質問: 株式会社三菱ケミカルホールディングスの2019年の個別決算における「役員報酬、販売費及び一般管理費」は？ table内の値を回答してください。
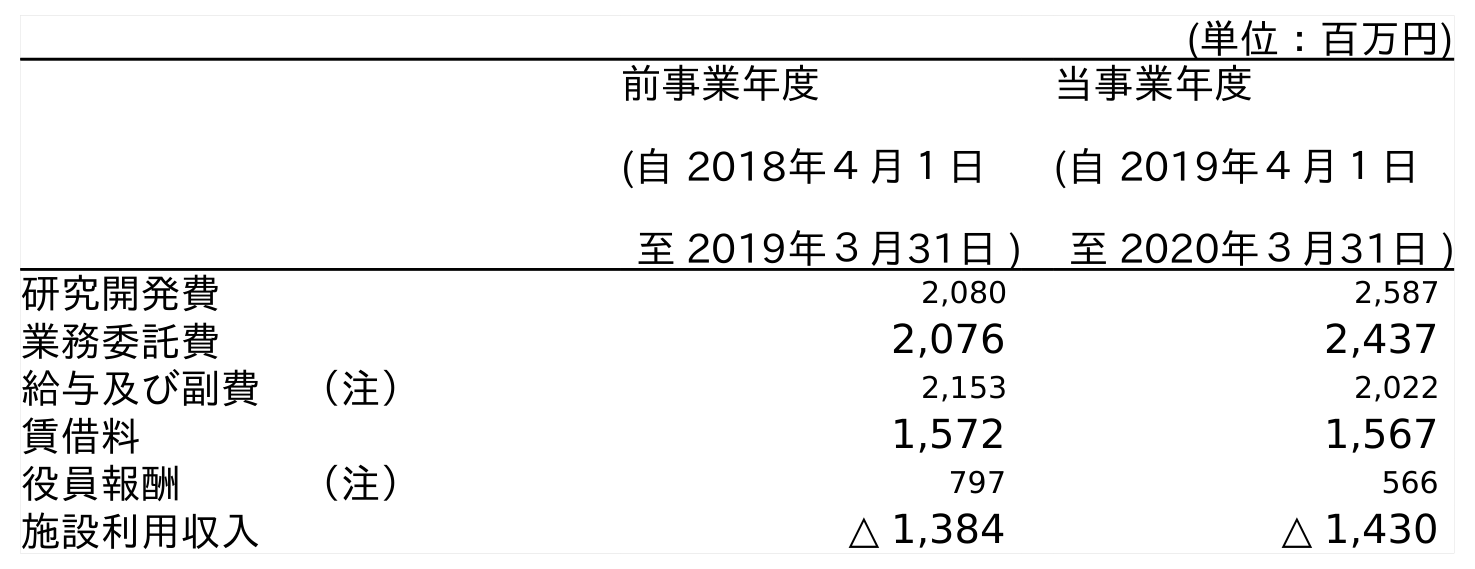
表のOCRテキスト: (単位：百万円) 前事業年度 (自 2018年４月１日 至 2019年３月31日 ) 当事業年度 (自 2019年４月１日 至 2020年３月31日 ) 研究開発費 2,080 2,587 業務委託費 2,076 2,437 給与及び副費 （注） 2,153 2,022 賃借料 1,572 1,567 役員報酬   （注） 797 566 施設利用収入 △ 1,384 △ 1,430
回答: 797